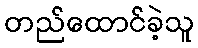
တည်ထောင်ခဲ့သူ